system: You are a helpful assistant.
user:
Analyze the provided spectrum to determine if it is a **"Cataclysmic Variables (CV)"**.

- **Key Indicators for CV (Check for either state):**
    - **State 1: Quiescent / Low-State (Emission-Dominated)**
        - **(Primary):** Strong and *very broad* Hydrogen Balmer emission lines (e.g., $H\alpha$ at 6563 Å, $H\beta$ at 4861 Å). The 'broadness' (high velocity dispersion, often FWHM > 1000 km/s) is the key diagnostic, indicating a high-velocity accretion disk.
        - **(Secondary):** Broad neutral Helium (He I) emission lines (e.g., 5876 Å, 6678 Å).
        - **(Key Confirmation):** Presence of high-excitation *ionized* Helium (He II) emission at 4686 Å. This is a strong indicator of accretion onto a white dwarf.
        - **(Line Profile):** Emission lines may exhibit a 'double-peaked' profile, which is a classic signature of a rotating accretion disk viewed at high inclination.

    - **State 2: Outburst / High-State (Absorption-Dominated)**
        - **(Primary):** Spectrum is dominated by a bright, blue continuum (looks like a hot star).
        - **(Secondary):** The emission lines from State 1 are weak, absent, or 'filled in', and are replaced by broad, shallow *absorption* lines (primarily Balmer and He I).
        - **(Morphology):** The overall spectrum mimics a hot B/A-type star. The crucial difference is that the absorption lines are significantly broader, shallower, and more 'washed-out' (or 'smeared') than the sharp lines of a normal stellar photosphere, due to high rotational speeds and pressure broadening in the disk.

Think first, call **spectral_visualization_tool** if needed to examine features in detail, then provide your final answer. Your response must adhere to the following strict rules:
1.  **Overall Structure:** Your response must follow the format `<think>...</think> <tool_call>...</tool_call> (if a tool is used) <answer>...</answer>`.
2.  **Tool Usage Constraint:** You may only make **one** tool call per turn.
3.  **Final Answer Format:** In the `<answer>` tag, your conclusion must be inside a `\boxed{}` command (e.g., `\boxed{YES}`), followed by your justification.

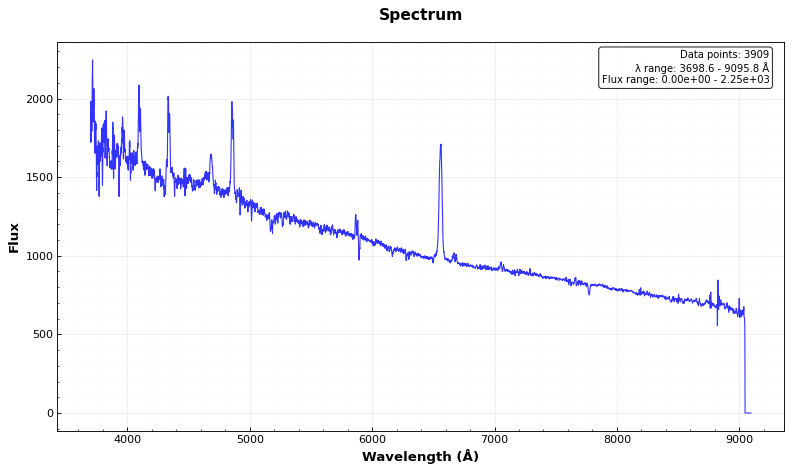
Answer: YES